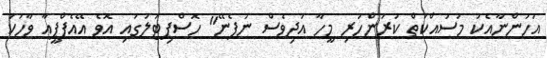
އަހަންނާއެކު މަސައްކަތް ކުރަންހުރި މީހާ އަދިވެސް ނުފެނޭ" ހޮސްޕިޓަލުގައި އޮވެ އޭއެފްޕީއާ ވާހަކަ